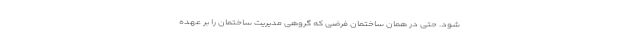
شود. حتی در همان ساختمان فرضی که گروهی مدیریت ساختمان را بر عهده